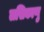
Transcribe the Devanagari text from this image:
लसिकाणु